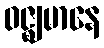
ဝဇ္ဈမာနေ